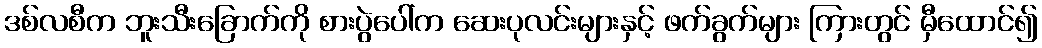
ဒစ်လစီက ဘူးသီးခြောက်ကို စားပွဲပေါ်က ဆေးပုလင်းများနှင့် ဖက်ခွက်များ ကြားတွင် မှီထောင်၍